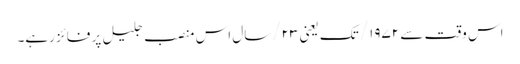
اس وقت سے ۱۹۷۲/ تک یعنی ۲۳/سال اس منصب جلیل پر فائز رہے۔